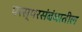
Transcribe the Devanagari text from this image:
परस्परसंबंधातील